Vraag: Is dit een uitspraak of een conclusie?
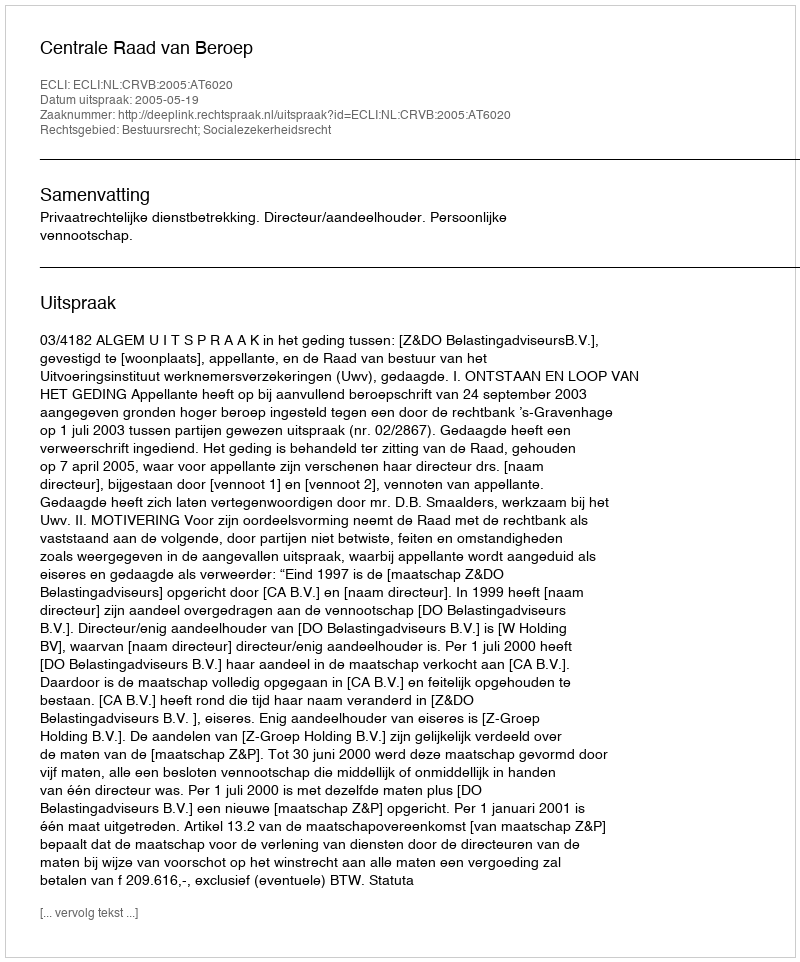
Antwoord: Uitspraak